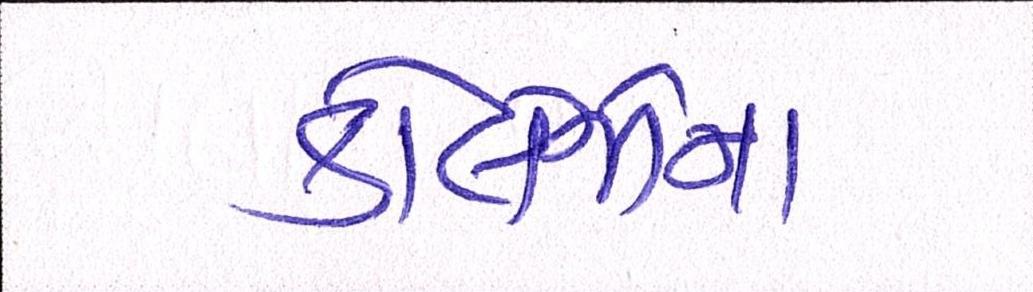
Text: કોલેજોના